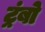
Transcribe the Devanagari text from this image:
ट्रंबो